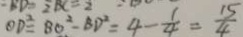
O D ^ { 2 } = B O ^ { 2 } - B D ^ { 2 } = 4 - \frac { 1 } { 4 } = \frac { 1 5 } { 4 }